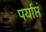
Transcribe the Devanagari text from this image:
पर्याप्तं